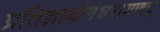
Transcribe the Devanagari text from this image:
प्रतिज्ञायोगंधरायणम्